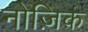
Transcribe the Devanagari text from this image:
नोज़िक